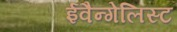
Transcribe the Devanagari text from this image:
ईवैन्गेलिस्ट